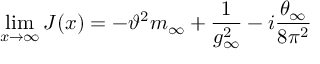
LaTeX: \operatorname * { l i m } _ { x \to \infty } J ( x ) = - \vartheta ^ { 2 } m _ { \infty } + \frac { 1 } { g _ { \infty } ^ { 2 } } - i \frac { \theta _ { \infty } } { 8 \pi ^ { 2 } }